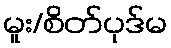
မူး/စိတ်ပုဒ်မ